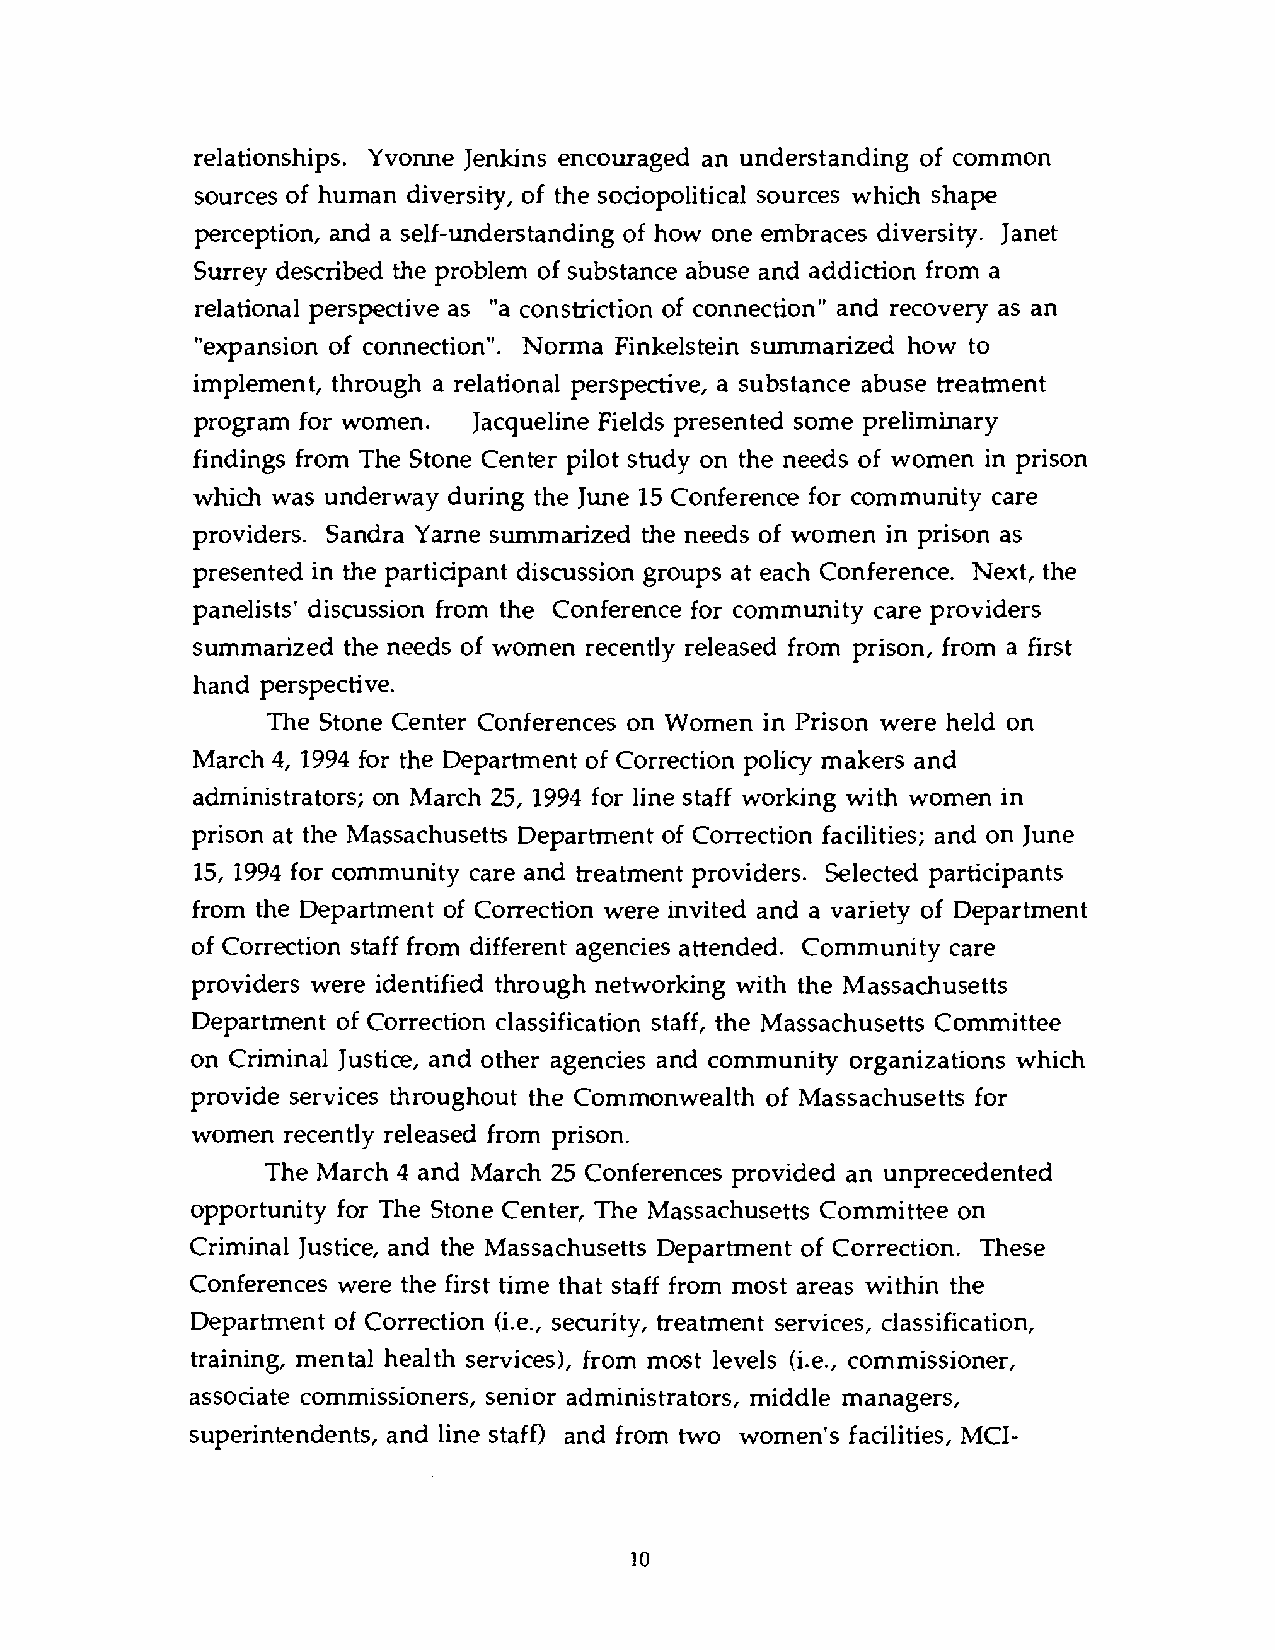
relationships. Yvonne Jenkins encouraged an understanding of common
 sources of human diversity, of the sociopolitical sources which shape
 perception, and a self-understanding of how one embraces diversity. Janet
 Surrey described the problem of substance abuse and addiction from a
 relational perspective as "a constriction of connection" and recovery as an
 "expansion of connection". Norma Finkelstein summarized how to
 implement, through a relational perspective, a substance abuse treatment
 program for women. Jacqueline Fields presented some preliminary
 findings from The Stone Center pilot study on the needs of women in prison
 which was underway during the June 15 Conference for community care
 providers. Sandra Yarne summarized the needs of women in prison as
 presented in the participant discussion groups at each Conference. Next, the
 panelists' discussion from the Conference for community care providers
 summarized the needs of women recently released from prison, from a first
 hand perspective.
 The Stone Center Conferences on Women in Prison were held on
 March 4, 1994 for the Department of Correction policy makers and
 administrators; on March 25, 1994 for line staff working with women in
 prison at the Massachusetts Department of Correction facilities; and on June
 15,1994 for community care and treatment providers. Selected participants
 from the Department of Correction were invited and a variety of Department
 of Correction staff from different agencies attended. Community care
 providers were identified through networking with the Massachusetts
 Department of Correction classification staff, the Massachusetts Committee
 on Criminal Justice, and other agencies and community organizations which
 provide services throughout the Commonwealth of Massachusetts for
 women recently released from prison.
 The March 4 and March 25 Conferences provided an unprecedented
 opportunity for The Stone Center, The Massachusetts Committee on
 Criminal Justice, and the Massachusetts Department of Correction. These
 Conferences were the first time that staff from most areas within the
 Department of Correction (i.e., security, treatment services, classification,
 training, mental health services), from most levels (i.e., commissioner,
 associate commissioners, senior administrators, middle managers,
 superintendents, and line staff) and from two women's facilities, MCI-